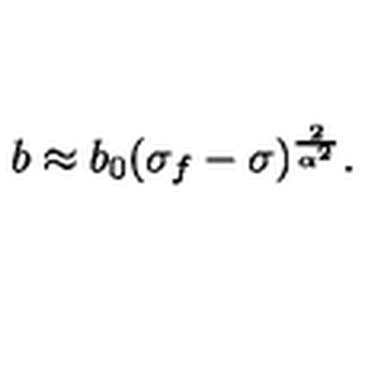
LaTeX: { b \approx b _ { 0 } ( \sigma _ { f } - \sigma ) ^ { \frac { 2 } { \alpha ^ { 2 } } } . }